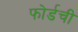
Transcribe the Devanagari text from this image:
फोर्डची